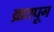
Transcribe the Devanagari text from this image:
ब्रातपूग